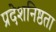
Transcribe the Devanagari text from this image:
प्रदेशनिष्ठता